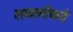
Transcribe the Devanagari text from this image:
लावणीकडे